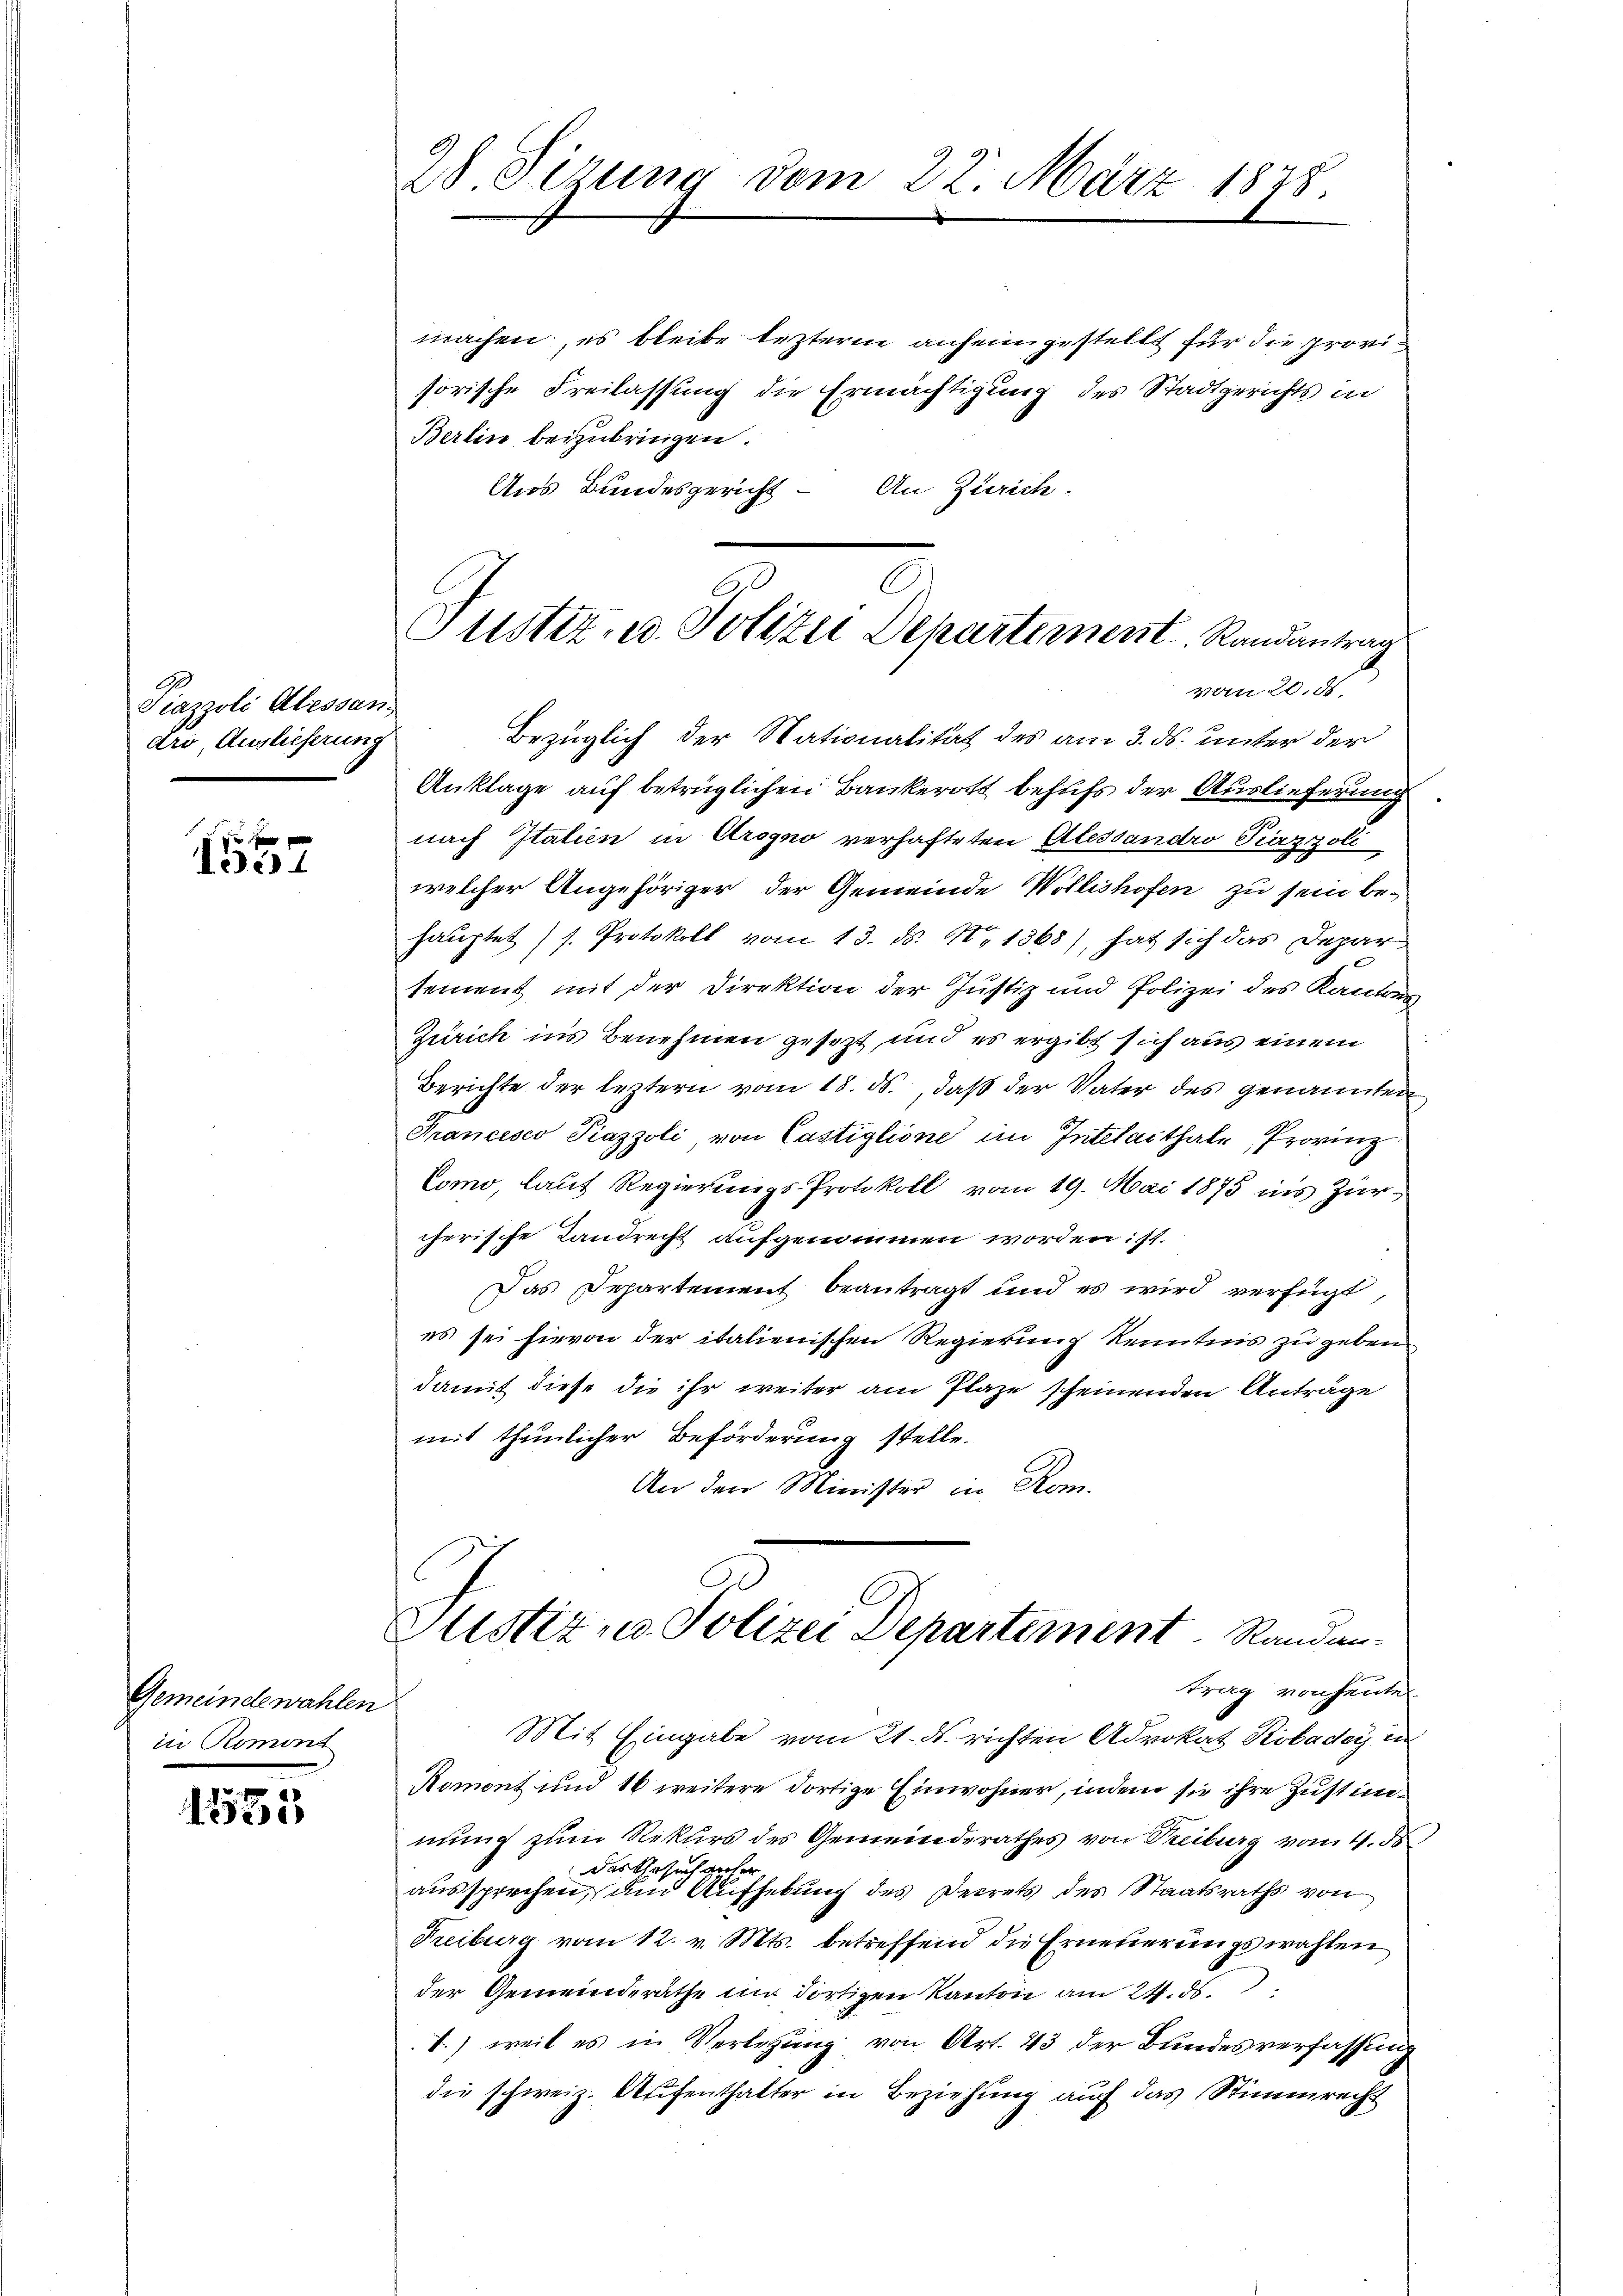
9
Piazzoli Alessan
dro Auslieferung

d
124

Gemeindewahlen
in Romon

1553

28 Sirung vom 22. März 1878.

machen, es bleibe lezterm anheimgestellt für die provisorische Freilassung die Ermächtigung des Stadtgerichts in
Berlin beizubringen.
Aus Bundesgericht. An Zürich.
Anklage auf betrüglichen Bankerott behufs der Auslieferung
nach Italien in Arogno verhafteten Alessandro Piazzoli
welcher Angehöriger der Gemeinde Wollishofen zu sein be-
hauptet (s. Protokoll vom 13. ds. No 1368), hat sich das Depar
tement mit der Direktion der Justiz und Polizei des Kantons
Zürich ins Benehmen gesezt, und es ergibt sich aus einem
Berichte der leztern vom 18. ds., daß der Vater des genannten
Francesco Piazzoli von Castiglione im Intelaithale Provinz
Como, laut Regierungs-Protokoll vom 19. Mai 1875 ins Zürcherische Landrecht aufgenommen worden ist.
Das Departement beantragt und es wird verfügt,
es sei hievon der italienischen Regierung Kenntnis zu geben
damit diese die ihr weiter am Plaze scheinenden Anträge
mit thunlicher Beförderung stelle.
An den Minister in Rom.
Justiz u. Polizei Departement Randen.
trag von heute
Mit Eingabe vom 21. ds richten Advokat Robader in
Romont und 16 weitere dortige Einwohner, indem sie ihre Zustimmung zum Rekurs des Gemeinderathes von Treiburg vom 4. ds
das Ursuch anher
aussprechen, und Aufhebung des Decrets des Staatsraths von
Freiburg vom 12. v. Mts. betreffend die Erneuerungswahlen
der Gemeinderäthe im dortigen Kanton am 24. ds.
T.) weil es in Verletzung von Art. 43 der Bundesverfassung
die schweiz. Aufenthalter in Beziehung auf das Stimmrecht

Justiz- u. Polizei Departement Randantrag
vom 20. ds.
Bezüglich der Nationalität des am 3. ds. unter der